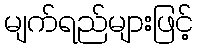
မျက်ရည်များဖြင့်